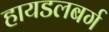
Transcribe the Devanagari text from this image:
हायडलबर्ग